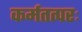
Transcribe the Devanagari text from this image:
कर्मतत्परः